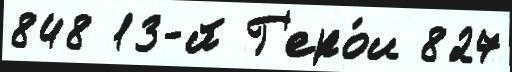
848 13-й Г'еро́и 827